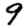
Digit: 9